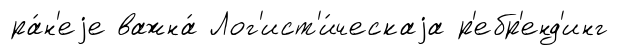
ра́н'еjе важна́ Лог'ист'и́ческаjа р'ебр'енд'инг